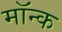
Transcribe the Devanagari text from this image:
मॉन्क